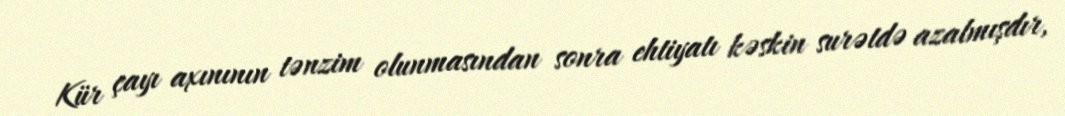
Kür çayı axınının tənzim olunmasından sonra ehtiyatı kəskin surətdə azalmışdır,